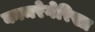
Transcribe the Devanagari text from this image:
कामरेगेरिख्त